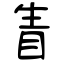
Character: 眚